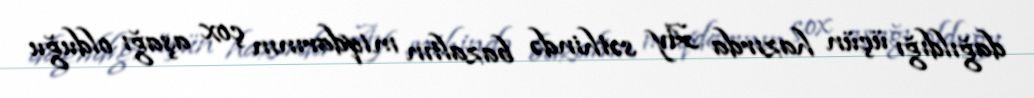
dağıldığı üçün hazırda Ay səthində bazaltın miqdarının çox aşağı olduğu